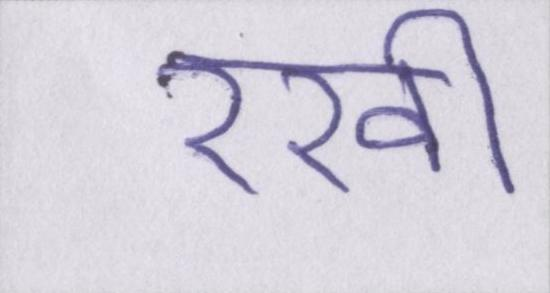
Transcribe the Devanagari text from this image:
रखी